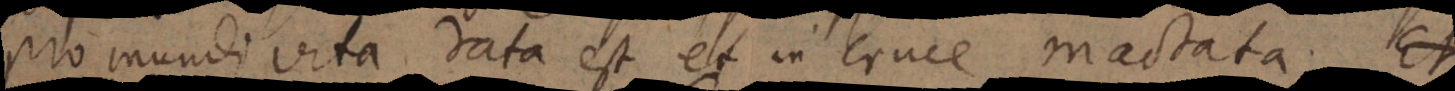
pro mundi vita data est et in cruce mactata. Et